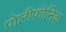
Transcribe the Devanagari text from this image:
पोलीफोनिक